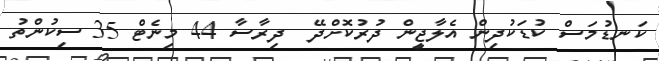
ކަނޑުމަސް ކުޑަކުދިން އެލާޖީން ދުރުކޮށްދޭ  ދިރާސާ 44 މިނެޓް 35 ސިކުންތު